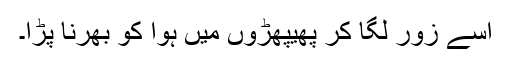
اسے زور لگا کر پھیپھڑوں میں ہوا کو بھرنا پڑا۔